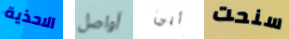
الاحذية أواصل أبي سنحت